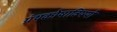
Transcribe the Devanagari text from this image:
ग्रंथकोषाविषयी